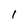
Character: I